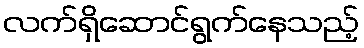
လက်ရှိဆောင်ရွက်နေသည့်